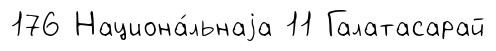
176 Национа́льнаjа 11 Галатасарай